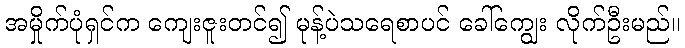
အမှိုက်ပုံရှင်က ကျေးဇူးတင်၍ မုန့်ပဲသရေစာပင် ခေါ်ကျွေး လိုက်ဦးမည်။